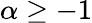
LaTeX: \alpha\geq-1